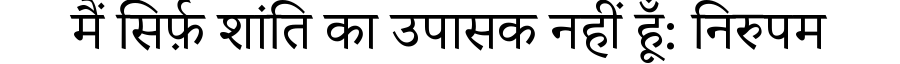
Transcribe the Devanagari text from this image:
मैं सिर्फ़ शांति का उपासक नहीं हूँ: निरुपम